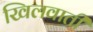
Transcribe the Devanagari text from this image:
खिलवाती